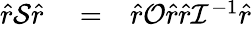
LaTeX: \begin{array}{rlr}{\hat{r}\mathcal{S}\hat{r}}&{{}=}&{\hat{r}\mathcal{O}\hat{r}\hat{r}\mathcal{I}^{-1}\hat{r}}\end{array}